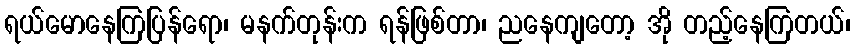
ရယ်မောနေကြပြန်ရော၊ မနက်တုန်းက ရန်ဖြစ်တာ၊ ညနေကျတော့ အို တည့်နေကြတယ်၊